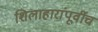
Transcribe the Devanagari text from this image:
शिलाहारांपूर्वीच